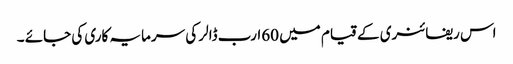
اس ریفائنری کے قیام میں 60ارب ڈالر کی سرمایہ کاری کی جائے ۔